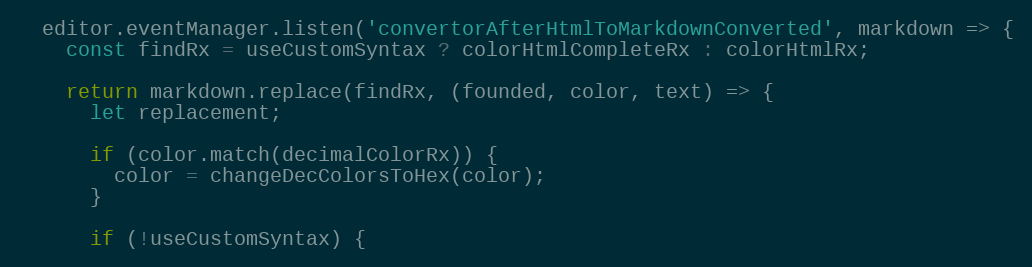
Language: JavaScript
  editor.eventManager.listen('convertorAfterHtmlToMarkdownConverted', markdown => {
    const findRx = useCustomSyntax ? colorHtmlCompleteRx : colorHtmlRx;

    return markdown.replace(findRx, (founded, color, text) => {
      let replacement;

      if (color.match(decimalColorRx)) {
        color = changeDecColorsToHex(color);
      }

      if (!useCustomSyntax) {